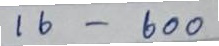
16 - 600